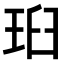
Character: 𭹉